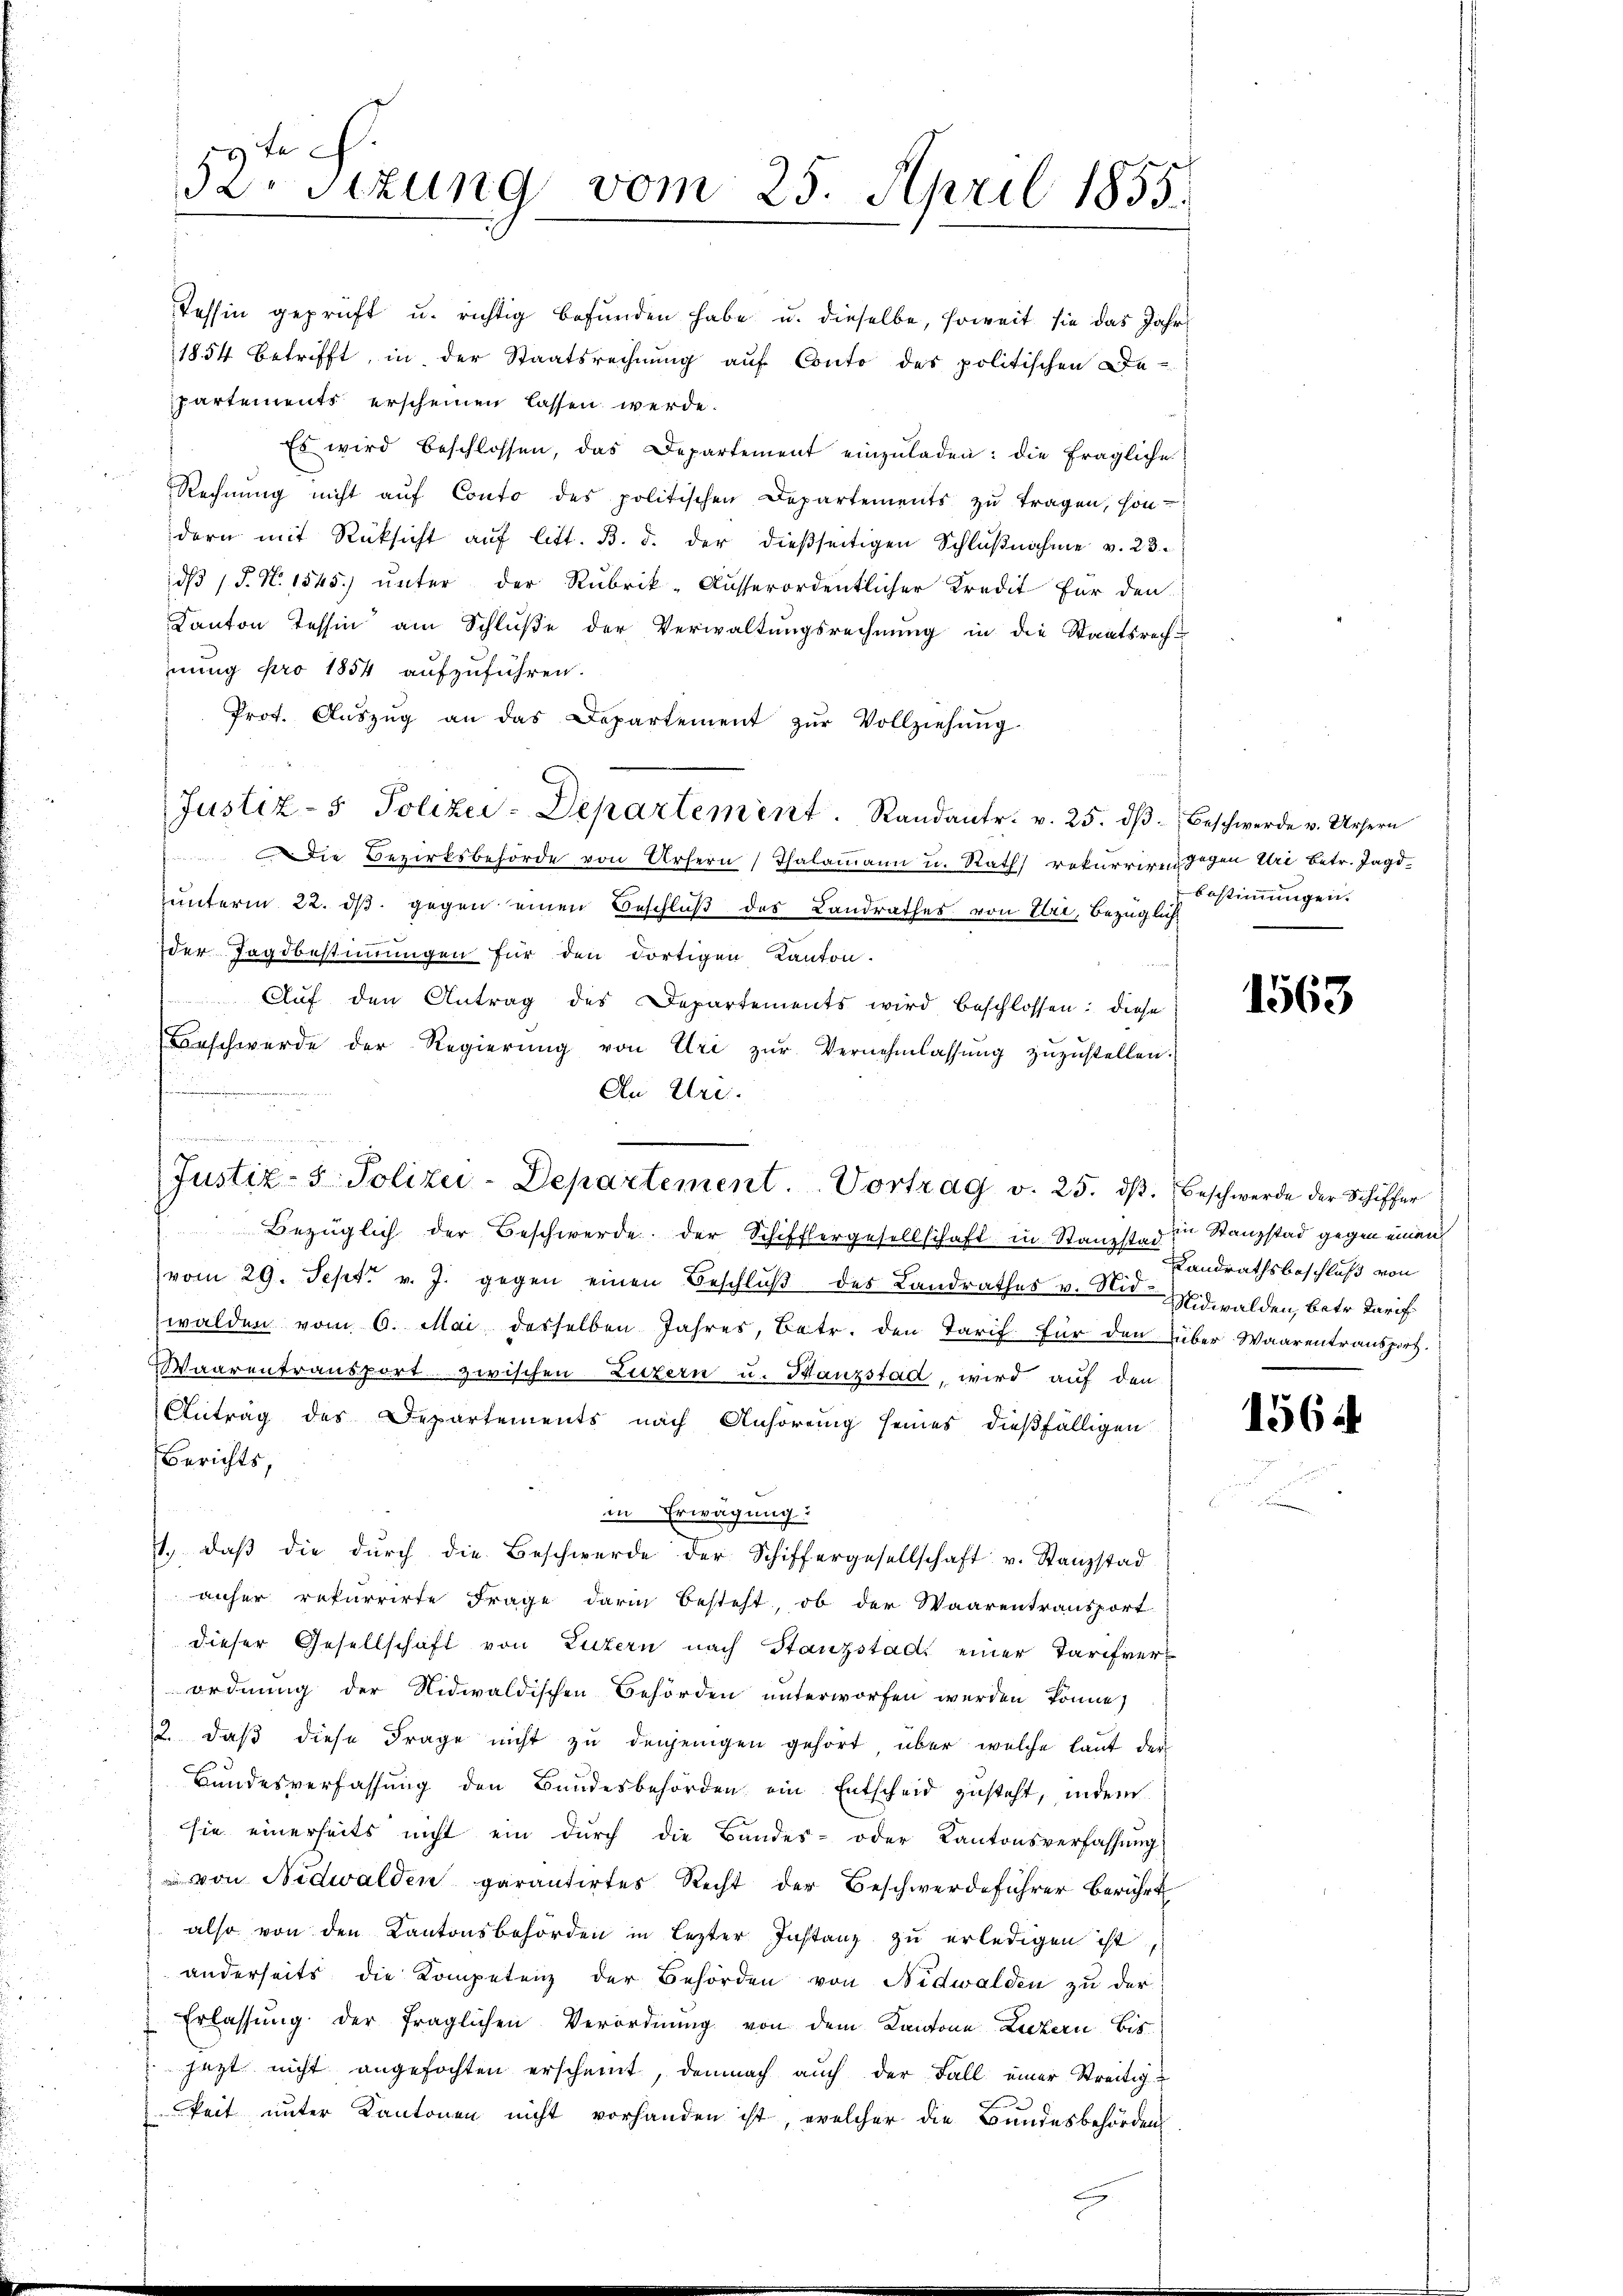
19 te
3 sizung vom 25. April 1855.

Tessin geprüft u. richtig befŭnden habe u. dieselbe, soweit sie das Jahr
1854 betrifft, in der Staatsrechnung auf Conto des politischen Departements erscheinen lassen werde.
Es wird beschlossen, das Departement einzŭladen: die fragliche
Rechnŭng nicht aŭf Conto des politischen Departements zŭ tragen, son-
dern mit Rücksicht auf litt. B. d. der dießseitigen Schlußnahme v. 23.
dß P. N. 1545) unter der Rubrik-Ausserordentlicher Kredit für den
Kanton Tessin am Schluße der Verwaltungsrechnung in die Staatsrech-
nung pro 1854 aufzuführen.
Prot. Aŭszŭg an das Departement zŭr Vollziehŭng
Justiz- & Polizer-Departement. Randantr. v. 25. dβ. Beschwerde v. Ursern
 Die Bezirksbehörde von Ursern Thalamann u. Rath rekurriren gegen Uri betr. Jagdunterm 22. ds. gegen einen Beschluß des Landrathes von Eri, bezüglich
der Tagsbestimmungen für den dortigen Kanton.
Auf den Antrag des Departements wird beschlossen: diese
rschwerde der Regierŭng von Uri zŭr Vernehmlassŭng zŭzŭstellen.
An Uri.
Bezüglich der Beschwerde. Der Schifflergesellschaft in Stanzstad in Stanzstad gegen einen
(vom 29. Sept. v. J. gegen einen Beschluß des Landrathes v. Nidwalden, betr. Tarif
walden vom 6. Mai dasselben Jahres, betr. den Tarif für den über Waarentransport.
Waarentransport zwischen Luzern u. Stanzstad, wird auf den
Antrag des Departements nach Anhörung seines dießfälligen
Berichts.
in Erwägung
1. daβ die dŭrch die Beschwerde der Schiffergesellschaft u. Stanzstad
anher rekurrirte Frage darin besteht, ob der Waarentransport
dieser Gesellschaft von Luzern nach Stanzstadt einer Tarifverordnung der Nidwaldischen Behörden unterworfen werden könne,
2. daß diese Frage nicht zu denjenigen gehört über welche laut der
Bundesverfassung den Bundesbehörden ein Entscheid zusteht, indem
sie einerseits nicht ein durch die Bandes- oder Kantonsverfassung
 von Nidwalden garantirtes Recht der Beschwerdeführer berührt
also von den Kantonsbehörden in lezter Instanz zu erledigen ist,
anderseits die Kompetenz der Behörden von Nidwalden zu der
Erlassung der fraglichen Verordnung von dem Kantone Luzern bis
jetzt nicht angefochten erscheint, demnach auch der Fall einer Streitigkeit unter Kantonen nicht vorhanden ist, welcher die Bundesbehörden

.

Justiz- & Polizei-Departement. Vortrag v. 25. dβ. Beschwerde der Schiffer

bestimmungen.

1563

LLandrathsbeschluß von

1564